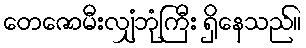
တေဇောမီးလျှံဘုံကြီး ရှိနေသည်။